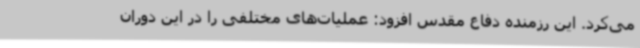
می‌کرد. این رزمنده دفاع مقدس افزود: عملیات‌های مختلفی را در این دوران